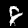
Label: 8